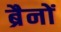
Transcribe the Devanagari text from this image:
ब्रैनों